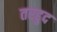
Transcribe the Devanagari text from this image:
तरद्दुद